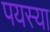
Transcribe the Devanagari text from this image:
पयस्या